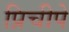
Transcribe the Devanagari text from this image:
प्रिचीपे